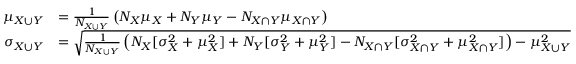
{ \begin{array} { r l } { \mu _ { X \cup Y } } & { = { \frac { 1 } { N _ { X \cup Y } } } \left( N _ { X } \mu _ { X } + N _ { Y } \mu _ { Y } - N _ { X \cap Y } \mu _ { X \cap Y } \right) } \\ { \sigma _ { X \cup Y } } & { = { \sqrt { { \frac { 1 } { N _ { X \cup Y } } } \left( N _ { X } [ \sigma _ { X } ^ { 2 } + \mu _ { X } ^ { 2 } ] + N _ { Y } [ \sigma _ { Y } ^ { 2 } + \mu _ { Y } ^ { 2 } ] - N _ { X \cap Y } [ \sigma _ { X \cap Y } ^ { 2 } + \mu _ { X \cap Y } ^ { 2 } ] \right) - \mu _ { X \cup Y } ^ { 2 } } } } \end{array} }